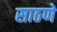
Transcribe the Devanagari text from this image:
साठणे